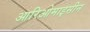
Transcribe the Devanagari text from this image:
आरिओमाइसीन